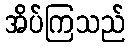
အိပ်ကြသည်